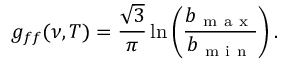
g _ { f f } ( \nu , T ) = \frac { \sqrt 3 } { \pi } \ln \left( \frac { b _ { \mathrm { ~ m ~ a ~ x ~ } } } { b _ { \mathrm { ~ m ~ i ~ n ~ } } } \right) .